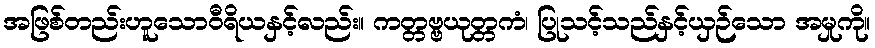
အဖြစ်တည်းဟူသောဝီရိယနှင့်လည်း။ ကတ္တဗ္ဗယုတ္တကံ၊ ပြုသင့်သည်နှင့်ယှဉ်သော အမှုကို။